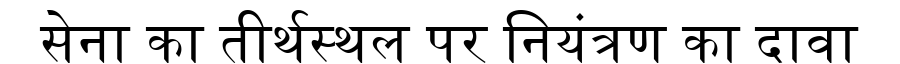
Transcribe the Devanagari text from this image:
सेना का तीर्थस्थल पर नियंत्रण का दावा